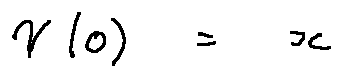
\gamma ( 0 ) = x